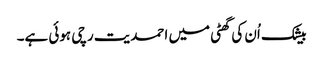
بیشک اُن کی گھٹی میں احمدیت رچی ہوئی ہے۔